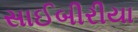
સાઈબીરીયા